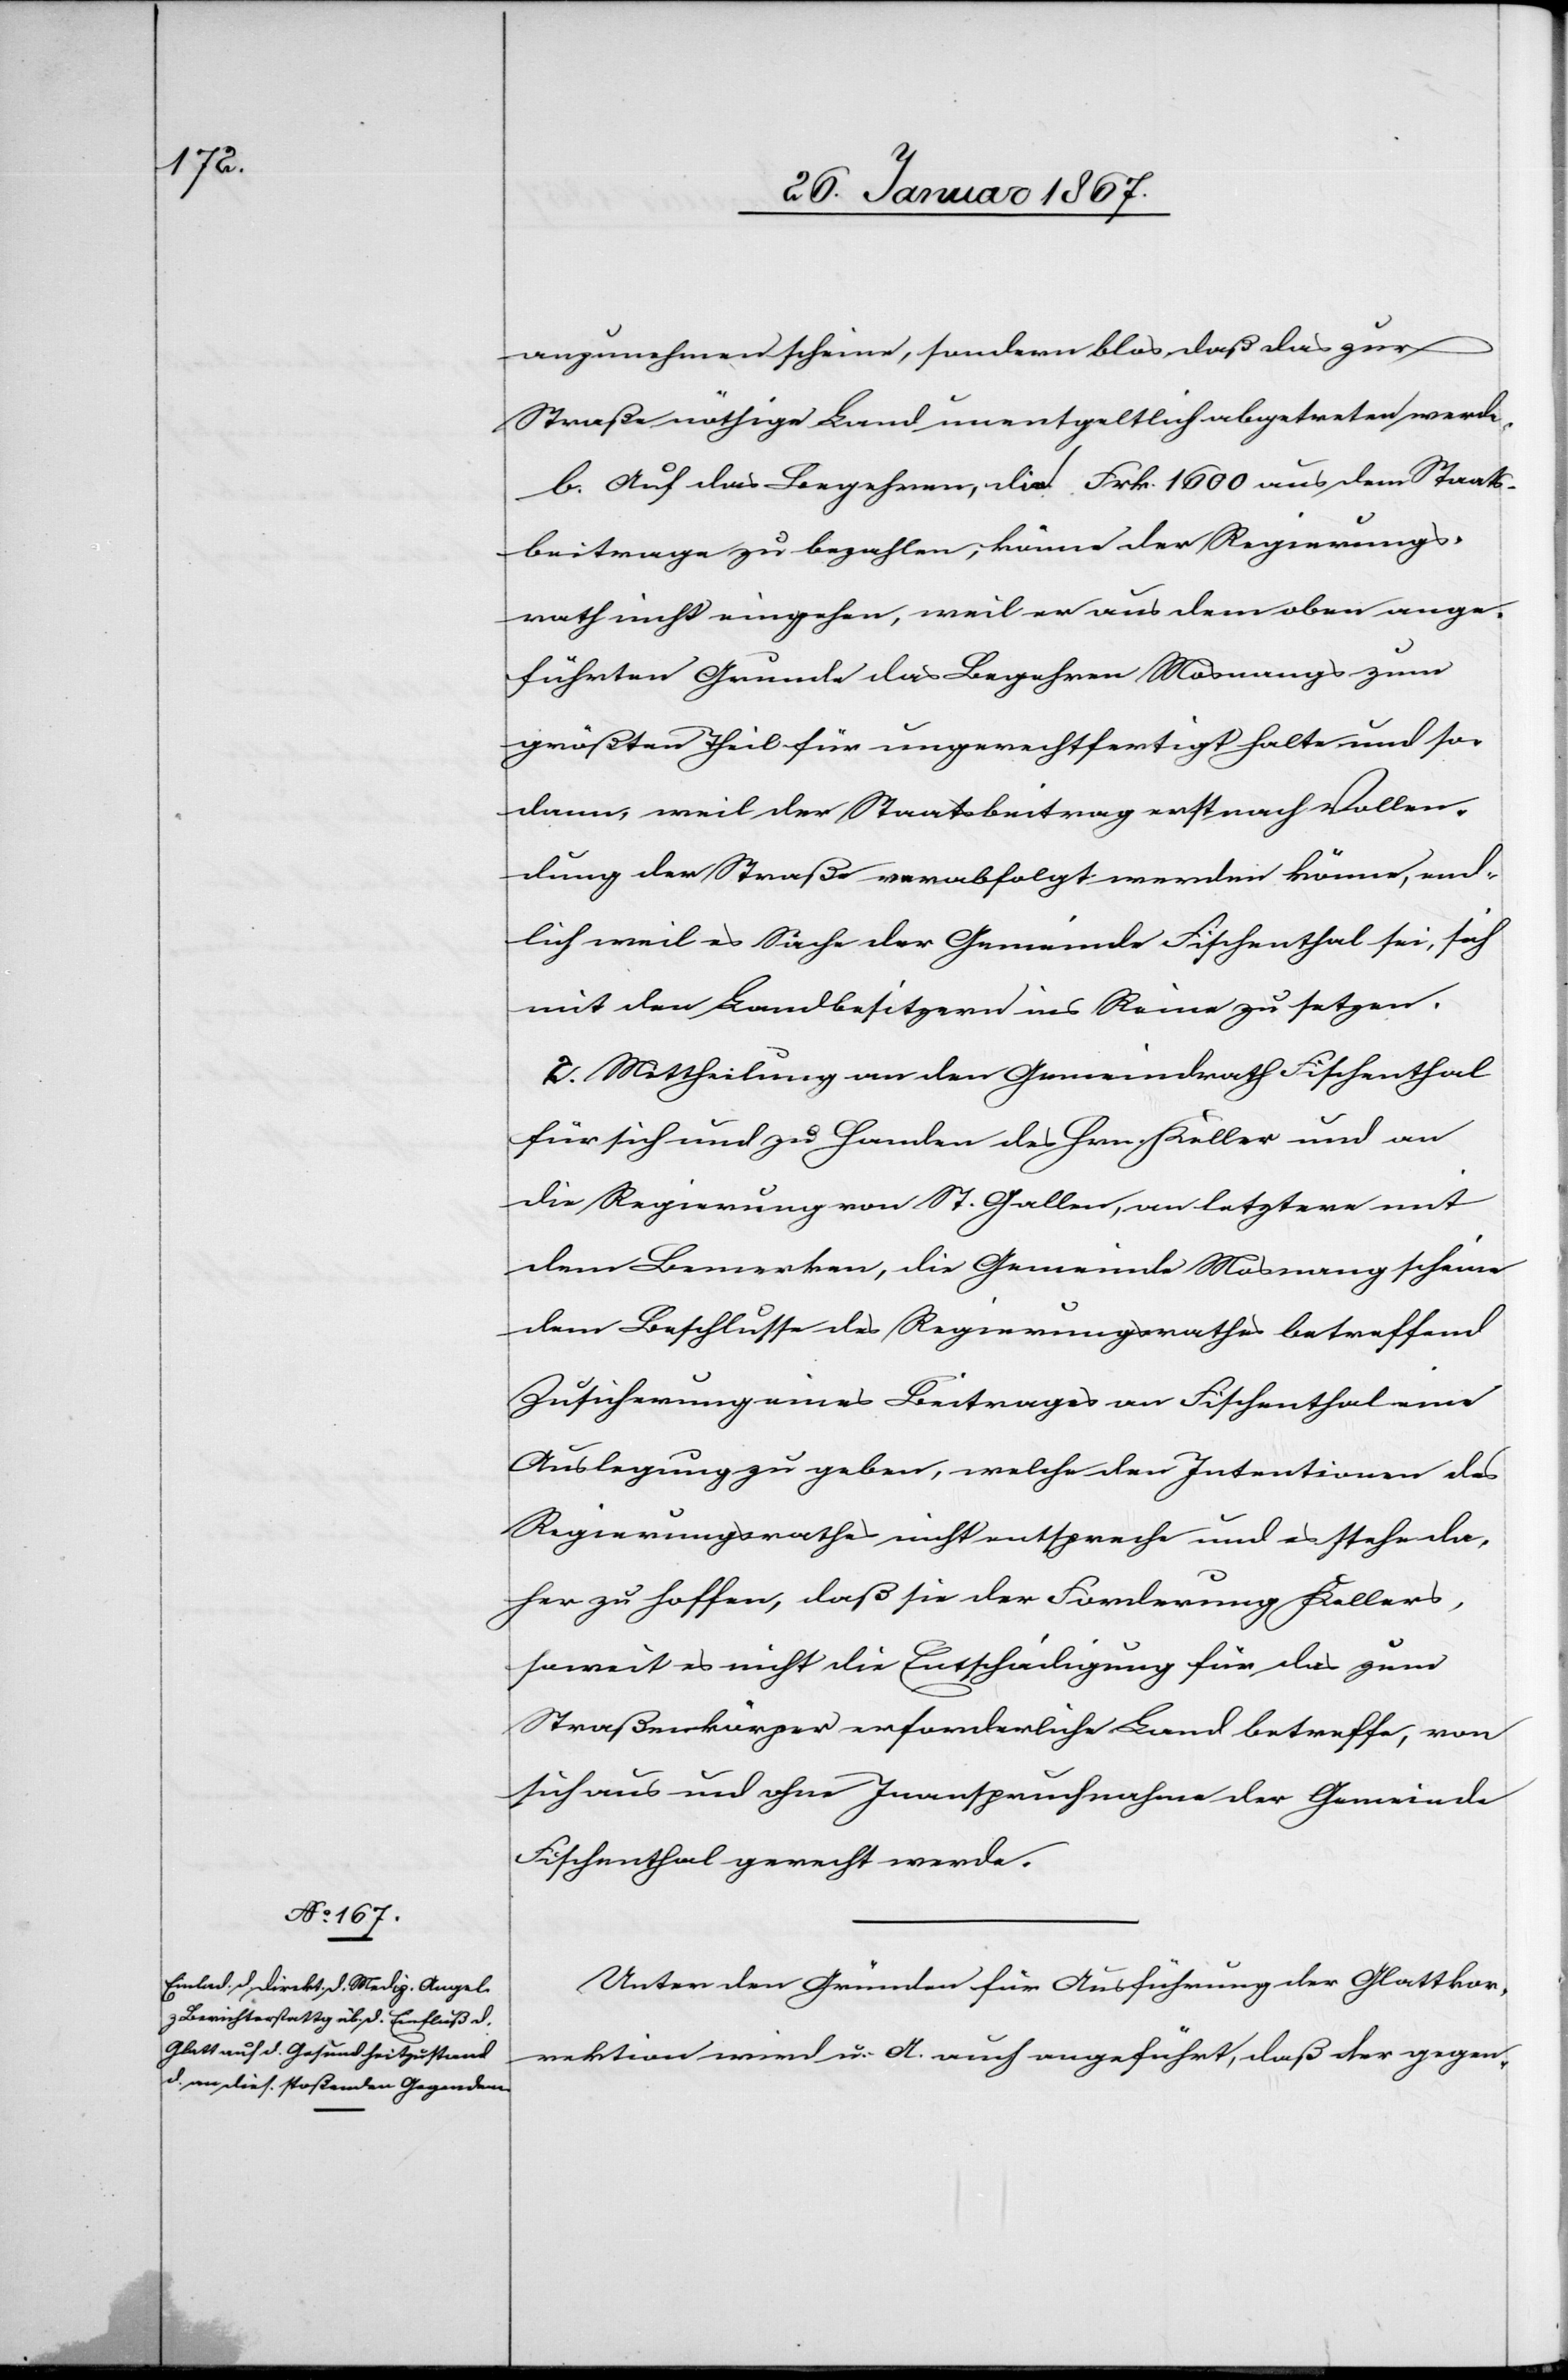
anzunehmen scheine, sondern blos daß das zur
Straße nöthige Land unentgeltlich abgetreten werde.
b. Auf das Begehren, die Frk. 1600 aus dem Staats¬
beitrage zu bezahlen, könne der Regierungs¬
rath nicht eingehen, weil er aus dem oben ange¬
führten Grunde das Begehren Mosnangs zum
größten Theil für ungerechtfertigt halte und so¬
dann, weil der Staatsbeitrag erst nach Vollen¬
dung der Straße verabfolgt werden könne, end¬
lich weil es Sache der Gemeinde Fischenthal sei, sich
mit den Landbesitzern ins Reine zu setzen.
2. Mittheilung an den Gemeinderath Fischenthal
für sich und zu Handen des Hrn. Keller und an
die Regierung von St. Gallen, an letztere mit
dem Bemerken, die Gemeinde Mosnang scheine
dem Beschlusse des Regierungsrathes betreffend
Zusicherung eines Beitrages an Fischenthal eine
Auslegung zu geben, welche der Intentionen des
Regierungsrathes nicht entspreche und es stehe da¬
her zu hoffen, daß sie der Forderung Kellers,
soweit es nicht die Entschädigung für das zum
Straßenkörper erforderliche Land betreffe, von
sich aus und ohne Inanspruchnahme der Gemeinde
Fischenthal gerecht werde.
Unter den Gründen für Ausführung der Glattkor¬
rektion wird u. A. auch angeführt, daß der gegen-